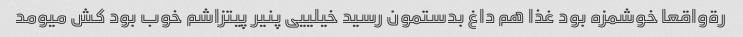
رةواقعا خوشمزه بود غذا هم داغ بدستمون رسید خیلییی پنیر پیتزاشم خوب بود کش میومد